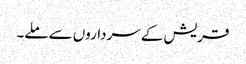
قریش کے سرداروں سے ملے۔